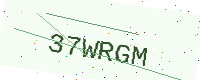
Text: 37WRGM